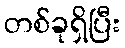
တစ်ခုရှိပြီး